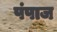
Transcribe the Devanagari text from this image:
पंपाज